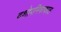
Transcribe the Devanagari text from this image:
दशोपनिषत्काल